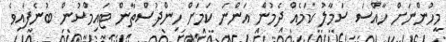
މީހުންނަށް ހާއްސަ ސަމާލު ކަމެއް ދެމުން އަންނަ ކަމަށް ހިންދުސްތާން ޓައިމްސުން ބުނެފައިވެ